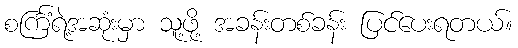
စင်္ကြံရဲ့အဆုံးမှာ သူ့ဖို့ အခန်းတစ်ခန်း ပြင်ပေးရတယ်။